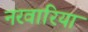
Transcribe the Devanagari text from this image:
नरवारिया